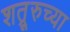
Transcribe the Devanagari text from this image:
शत्रूरुच्या